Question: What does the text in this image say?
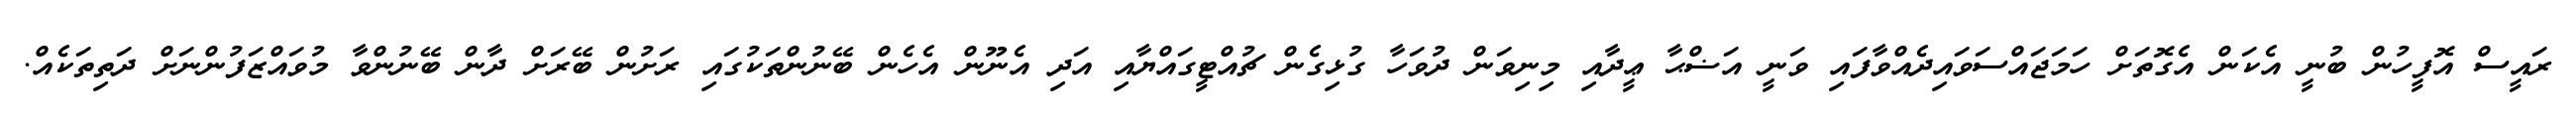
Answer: ރައީސް އޮފީހުން ބުނީ އެކަން އެގޮތަށް ހަމަޖައްސަވައިދެއްވާފައި ވަނީ އަޟްޙާ ޢީދާއި މިނިވަން ދުވަހާ ގުޅިގެން ޗުއްޓީގައްޔާއި އަދި އެނޫން އެހެން ބޭނުންތަކުގައި ރަށުން ބޭރަށް ދާން ބޭނުންވާ މުވައްޒަފުންނަށް ދަތިތަކެއް.